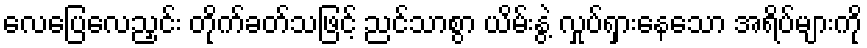
လေပြေလေညှင်း တိုက်ခတ်သဖြင့် ညင်သာစွာ ယိမ်းနွဲ့ လှုပ်ရှားနေသော အရိပ်များကို